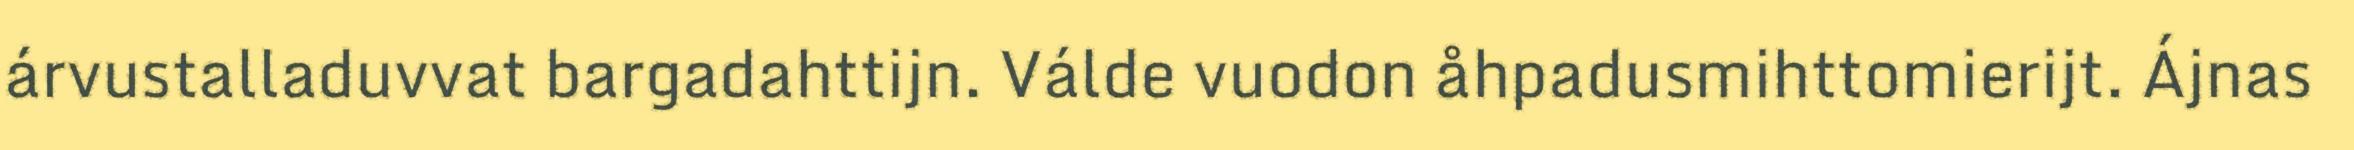
árvustalladuvvat bargadahttijn. Válde vuodon åhpadusmihttomierijt. Ájnas